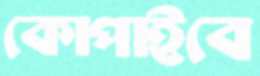
কোপাইবে